Annual report on the lock hospitals of the Madras Presidency
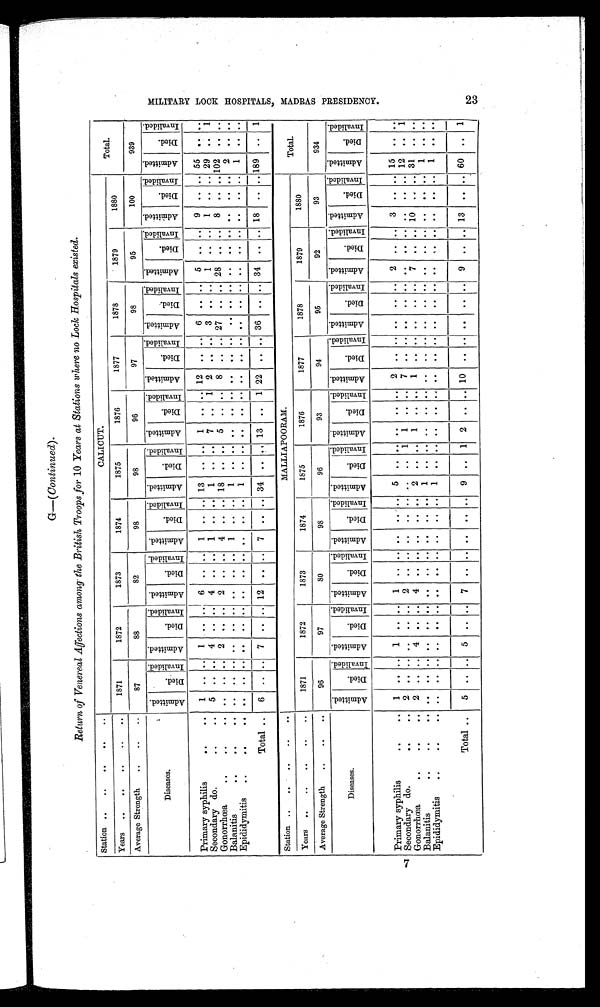
G— ( Continued) .
Return of Venereal Affections among the British Troops for 10 Years at Stations where no Lock Hospitals existed.
Station ..
..
..
..
CALICUT.
Total.
Years ..
..
..
..
..
1871
1872
1873
1874
1875
1876
1877
1878
1879
1880
Average Strength
..
..
..
87
88
82
98
98
96
97
98
95
100
939
Diseases.
A d m i t t e d .
D i e d .
I n v a l i d e d . A d m i t t e d .
Di e d .
I n v a l i d e d . A d mi t t e d .
Di e d .
I n v a l i d e d . A d m i t t e d .
Di e d .
I n v a l i d e d . A d m i t t e d .
D i e d .
I n v a l i d e d . A d m i t t e d .
D i e d .
I n v a l i d e d . A d m i t t e d .
D i e d .
I n v a l i d e d .
A d m i t t e d .
D i e d .
I nva l i de d.
A d m i t t e d .
D i e d . I nva l i de d.
A d m i t t e d .
D i e d .
I n v a l i d e d . A d m i t t e d .
Di e d .
I n v a l i d e d .
Primary syphilis
..
..
1
. .
. . 1
. .
. . 6
. .
. . 1
. . .. 13
. . .. 1
. .
. . 12 .. .. 6
. .
. . 5
. . .. 9
. . . . 55 ..
. .
Secondary do.
..
..
5
. .
. . 4
. .
. .
4
.. . . 1
. . .. 1
. . .. 7
. .
1
2
.. . .
3
.. . . 1
. .
. . 1
. . . .
2 9 .. 1
Gonorrhœa
..
..
..
. .
. .
. . 2 .. .. 2 .. .. 4 .. .. 18 .. .. 5 .. .. 8 .. .. 27 .. .. 28
. .
. . 8 .. .. 102
. . ..
Balanitis
..
..
..
. .
. .
. . . .
. .
. . . .
. .
. . 1
. .
. . 1
. .
. . . .
. .
. .
. . . .
. .
. . . .
. . . .
. . .. . .
.. .. 2 .. ..
Epididymitis
..
..
..
. .
. .
. . . .
. .
. . . .
. . .. . .
. .
. . 1
. .
. . . .
. .
. . . .
. .
. .
. .
. .
. . . .
. .
. . . .
. .
. . 1
. .
. .
Total ..
6 .. .. 7 .. .. 12 ..
. . 7
. .
.. 34 .. .. 13 ..
1
22 .. .. 36 .. .. 34 .. .. 18 .. .. 189 .. 1
Station ..
..
..
..
..
MALLIAPOORAM.
Total.
Years ..
..
..
..
..
1871
1872
1873
1874
1875
1876
1877
1878
1879
1880
Average Strength
..
..
• .
96
97
80
98
96
93
94
95
92
93
934
Diseases.
A d m i t t e d .
D i e d .
I nval i ded. A d m i t t e d .
D i e d .
I nval i ded.
Admi t t ed.
Di e d .
I n v a l i d e d . A d m i t t e d .
D i e d .
I n v a l i d e d .
Admi t t ed.
Di e d .
I nval i ded.
Admi tted.
D i e d .
I nva l i de d. A d m i t t e d .
Di ed. I n v a l i d e d .
A d m i t t e d .
Di e d .
I nval i ded.
A d m i t t e d .
D i e d .
I nva l i de d. A d m i t t e d .
D i e d . I n v a l i d e d .
A d m i t t e d .
D i e d .
I nva l i de d.
Primary syphilis
..
..
1
. .
. . 1
. .
. . 1
. .
. . . .
. . . .
5
. .
. . . .
. .
. . 2
. .
..
. .
. . .. 2 .. .. 3 .. .. 15 ..
. .
Secondary do.
..
.. 2 ..
. . . .
. .
. . 2
. . .. . .
. . .. . .
. . 1 1
. . .. 7
. . . .
. .
. . . .
..
. . . .
. . . . 12 .. 1
Gonorrhœa ... .. ..
2
. . . .
4 .. . . 4
. . . .
..
. . . . 2
. .
. . 1
. .
. . 1
. .
. .
. .
. .
. . 7
. .
. . 10
. . .. 31
. .
. .
Balanitis
..
.. ..
. .
. . . .
..
. . . .
. .
. . . .
. .
. . 1
. .
. . . .
. .
. . . .
. .
. .
. .
. .
. . . .
. .
. . . .
..
. . 1
. .
. .
Epididymitis
..
..
..
. .
. . . . . .
. .
. . . .
. .
. . .. ..
. . 1
. .
. . . .
. .
. . . .
. .
. .
. .
. .
. . . . .. .. . .
. . . . 1
. .
. .
Total ..
5 .. .. 5 ..
. . 7
. .
. . . .
. .
. . 9
. . 1 2
. .
. . 10
. .
. . . . ..
. .
9
. .
. .
13
. .
. .
60 .. 1
7 M I L I T A R Y L O C K H O S P I T A L S , M A D R A S P R E S I D E N C Y . 2 3